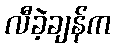
လီခဲ့ချန်က